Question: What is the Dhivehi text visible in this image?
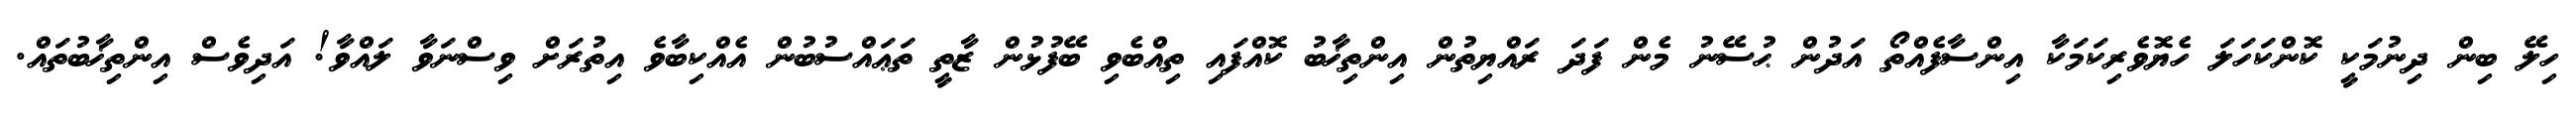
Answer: ހިލޭ ބިން ދިނުމަކީ ކޮންކަހަލަ ހެޔޮވެރިކަމަކާ އިންސާފެއްތޯ އަދުން ޙުސޭނު މެން ފަދަ ރައްޔިތުން އިންތިޚާބު ކޮއްފައި ތިއްބެވި ބޭފުޅުން ޒާތީ ތަޢައްސުބުން އެއްކިބާވެ އިތުރަށް ވިސްނަވާ ލައްވާ! އަދިވެސް އިންތިޚާބުތައް.